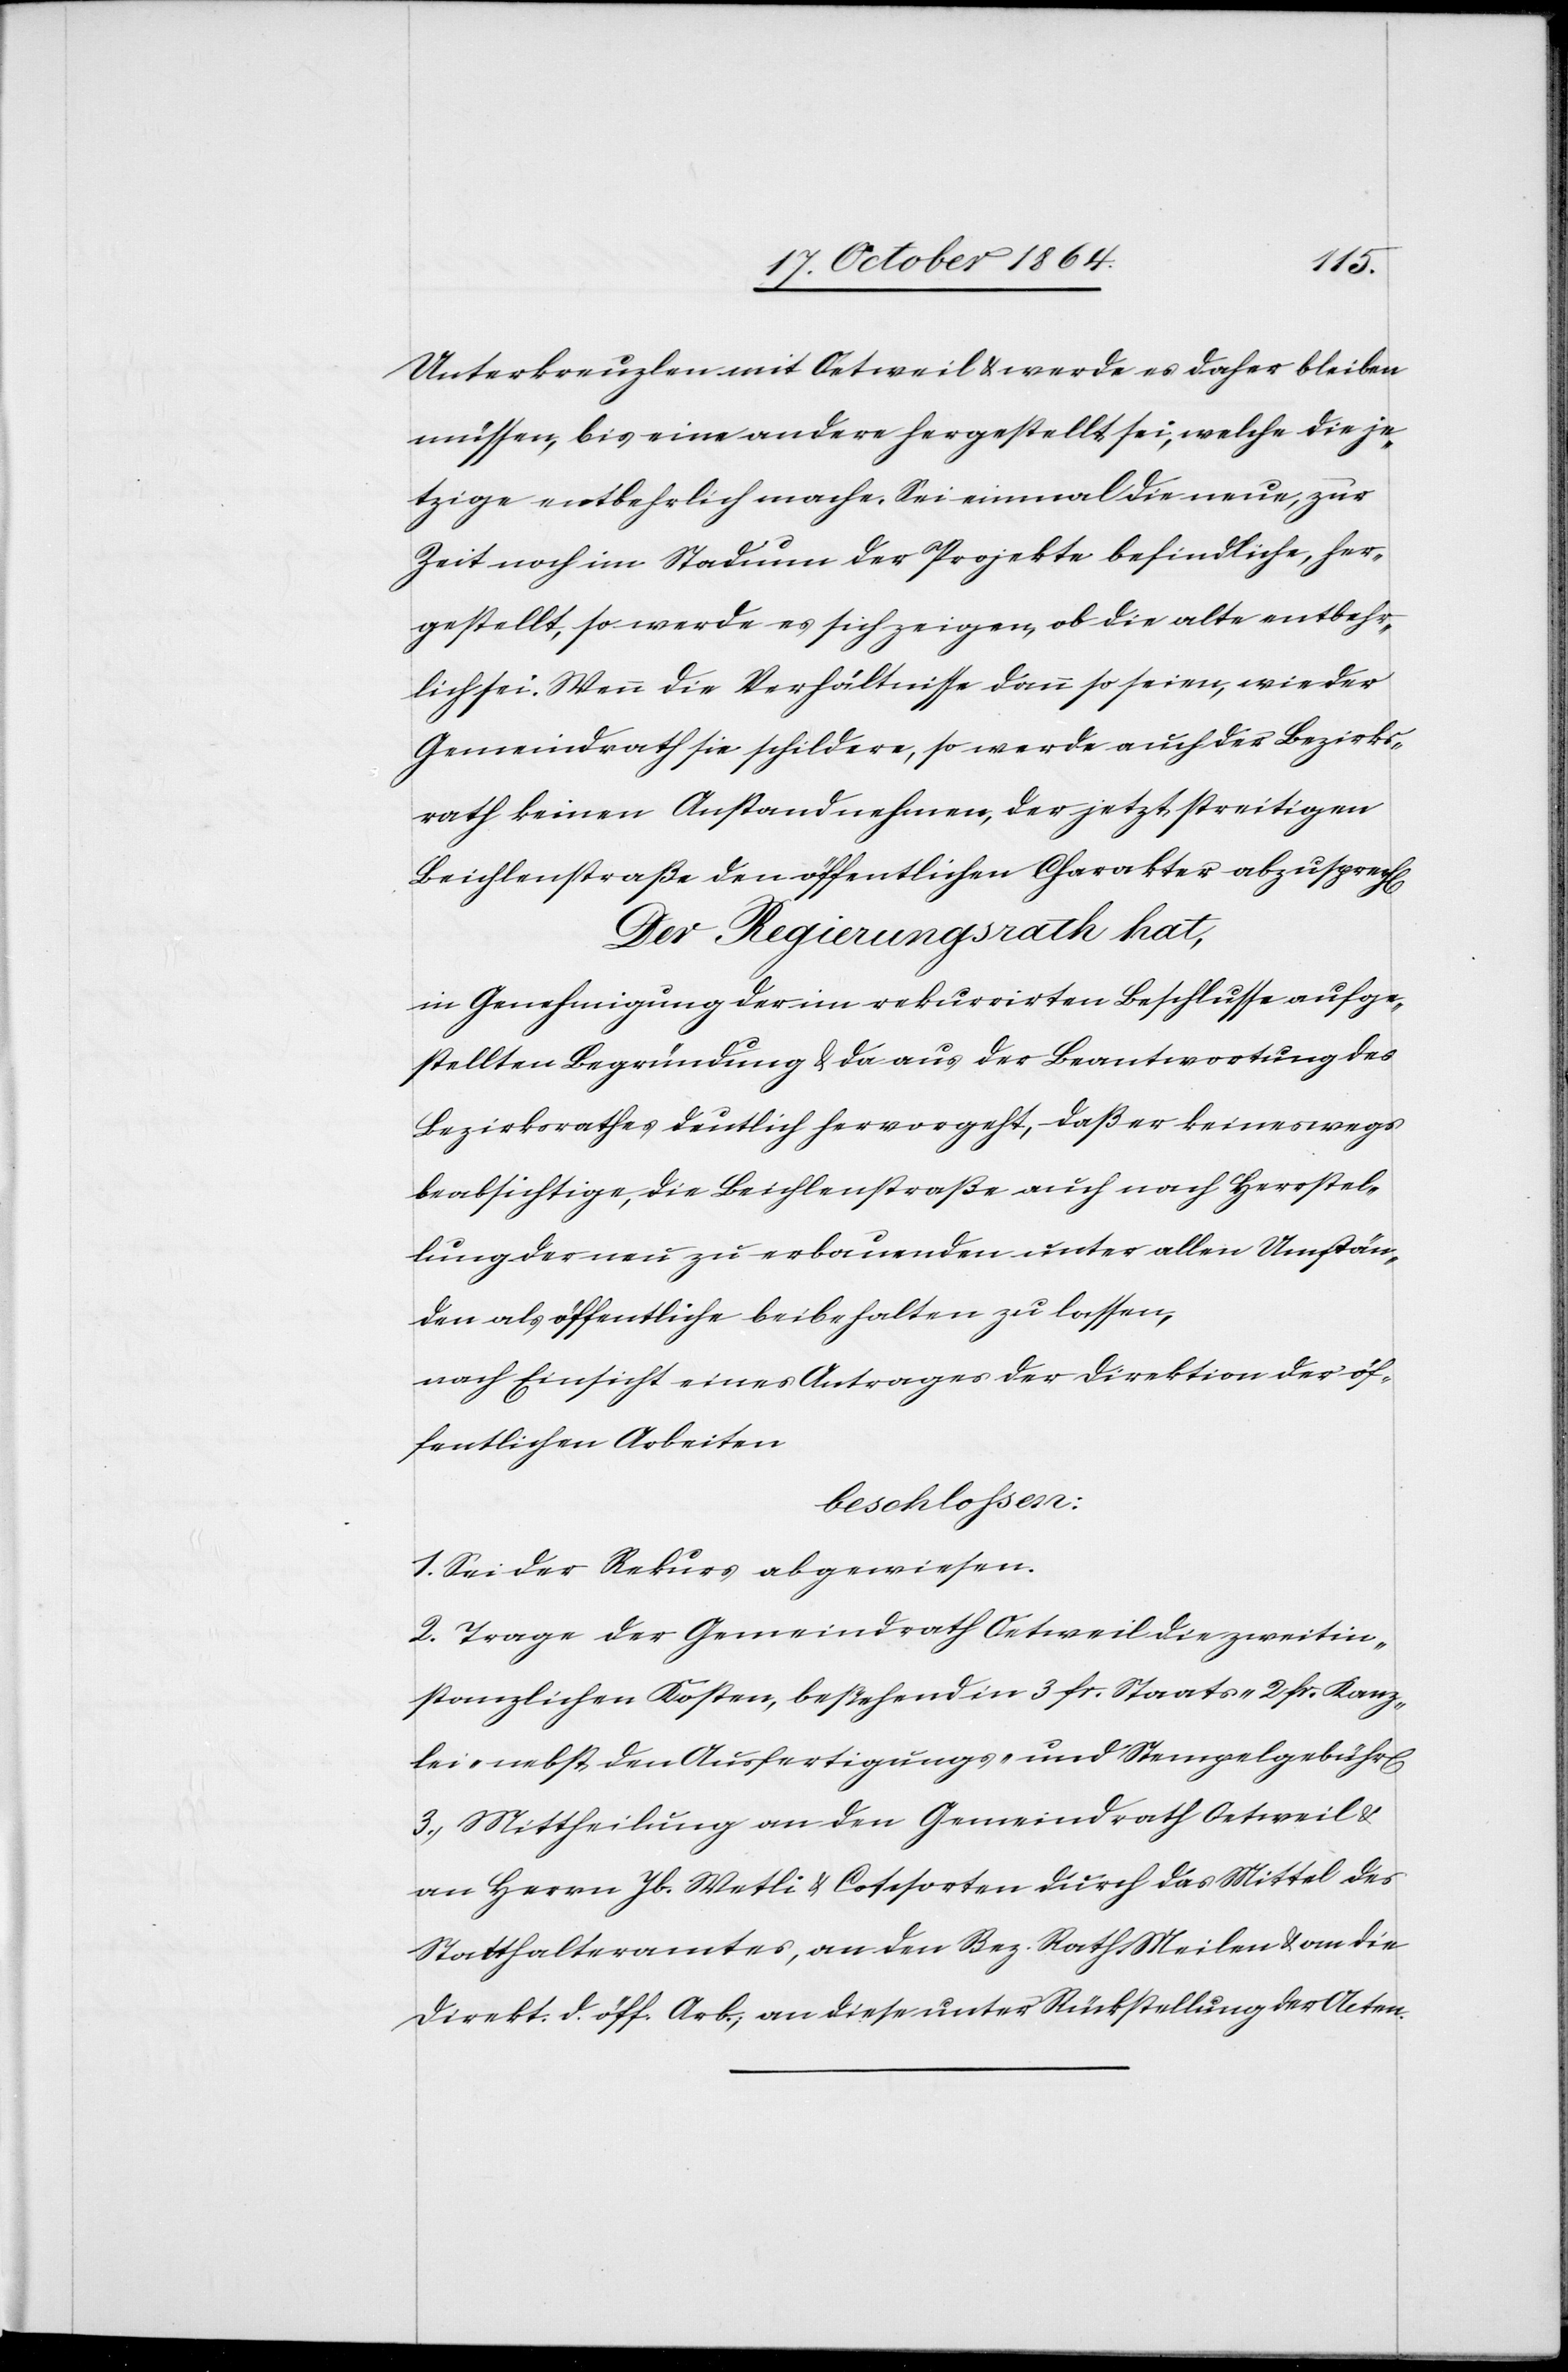
lung
Unterkreuzlen mit Oetweil & werde es daher bleiben
müssen, bis eine andere hergestellt sei, welche die je¬
tzige entbehrlich mache. Sei einmal die neue, zur
Zeit noch im Stadium der Projekte befindliche, her¬
gestellt, so werde es sich zeigen, ob die alte entbehr¬
lich sei. Wenn die Verhältnisse dann so seien, wie der
Gemeindrath sie schildere, so werde auch der Bezirks¬
rath keinen Anstand nehmen, der jetzt streitigen
Beichlenstraße den öffentlichen Charakter abzusprech[en].
Der Regierungsrath hat,
in Genehmigung der im rekurrirten Beschlusse aufge¬
stellten Begründung & da aus der Beantwortung des
Bezirksrathes deutlich hervorgeht, daß er keineswegs
beabsichtige, die Beichlenstraße auch nach Herrstel¬
der neu zu erbauenden unter allen Umstän¬
den als öffentliche beibehalten zu lassen,
nach Einsicht eines Antrages der Direktion der öf¬
fentlichen Arbeiten
beschlossen:
1. Sei der Rekurs abgewiesen.
2. Trage der Gemeindrath Oetweil die zweitin¬
stanzlichen Kosten, bestehend in 3 fr. Staats [,] 2 fr. Kanz¬
lei- nebst den Ausfertigungs- und Stempelgebühr[en]
3. Mittheilung an den Gemeindrath Oetweil &
an Herrn Jb. Wetli & Coschorten [sic!] durch das Mittel des
Stadthalteramtes, an den Bez. Rath Meilen & an die
Direkt. d. öff. Arb., an diese unter Rückstellung der Acten.